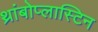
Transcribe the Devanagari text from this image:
थ्रांबोप्लास्टिन